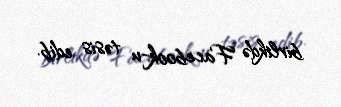
birlikdə Facebook-u təsis edib.